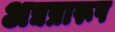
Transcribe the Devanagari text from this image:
अद्यप्रारूप